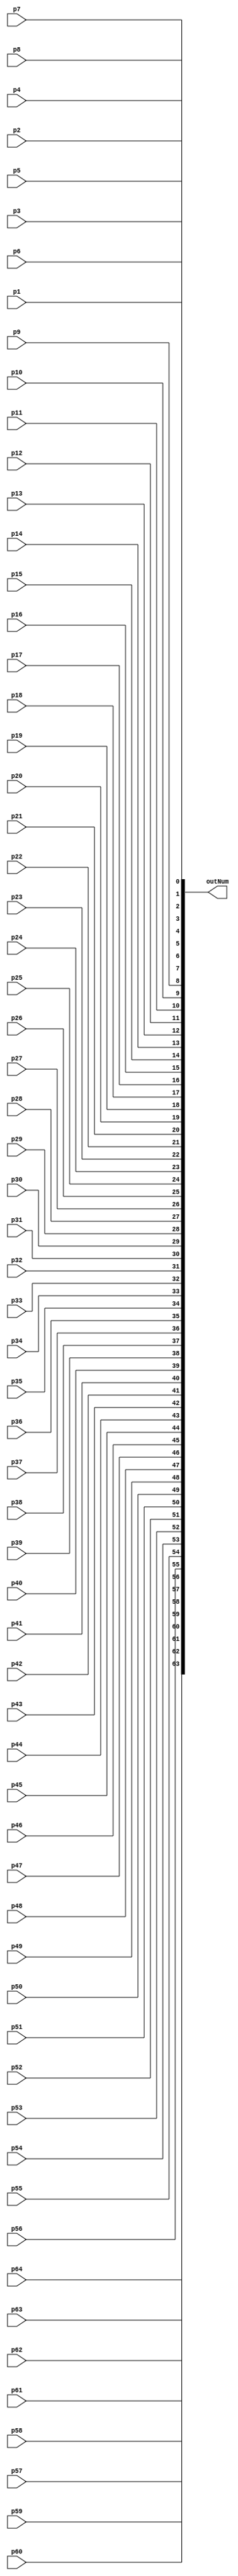
`timescale 1ns / 1ps

module FinalSum(p1,p2,p3,p4,p5,p6,p7,p8,p9,p10,p11,p12,p13,p14,p15,p16,p17,p18,p19,p20,p21,p22,p23,p24,p25,p26,p27,p28,p29,p30,p31,p32,p33,p34,p35,p36,p37,p38,p39,p40,p41,p42,p43,p44,p45,p46,p47,p48,p49,p50,p51,p52,p53,p54,p55,p56,p57,p58,p59,p60,p61,p62,p63,p64,outNum);
input p1,p2,p3,p4,p5,p6,p7,p8,p9,p10,p11,p12,p13,p14,p15,p16,p17,p18,p19,p20,p21,p22,p23,p24,p25,p26,p27,p28,p29,p30,p31,p32,p33,p34,p35,p36,p37,p38,p39,p40,p41,p42,p43,p44,p45,p46,p47,p48,p49,p50,p51,p52,p53,p54,p55,p56,p57,p58,p59,p60,p61,p62,p63,p64;
output reg [63:0]outNum;

always@(*)begin
outNum[0] <= p1;
outNum[1] <= p2;
outNum[2] <= p3;
outNum[3] <= p4;
outNum[4] <= p5;
outNum[5] <= p6;
outNum[6] <= p7;
outNum[7] <= p8;
outNum[8] <= p9;
outNum[9] <= p10;
outNum[10] <= p11;
outNum[11] <= p12;
outNum[12] <= p13;
outNum[13] <= p14;
outNum[14] <= p15;
outNum[15] <= p16;
outNum[16] <= p17;
outNum[17] <= p18;
outNum[18] <= p19;
outNum[19] <= p20;
outNum[20] <= p21;
outNum[21] <= p22;
outNum[22] <= p23;
outNum[23] <= p24;
outNum[24] <= p25;
outNum[25] <= p26;
outNum[26] <= p27;
outNum[27] <= p28;
outNum[28] <= p29;
outNum[29] <= p30;
outNum[30] <= p31;
outNum[31] <= p32;
outNum[32] <= p33;
outNum[33] <= p34;
outNum[34] <= p35;
outNum[35] <= p36;
outNum[36] <= p37;
outNum[37] <= p38;
outNum[38] <= p39;
outNum[39] <= p40;
outNum[40] <= p41;
outNum[41] <= p42;
outNum[42] <= p43;
outNum[43] <= p44;
outNum[44] <= p45;
outNum[45] <= p46;
outNum[46] <= p47;
outNum[47] <= p48;
outNum[48] <= p49;
outNum[49] <= p50;
outNum[50] <= p51;
outNum[51] <= p52;
outNum[52] <= p53;
outNum[53] <= p54;
outNum[54] <= p55;
outNum[55] <= p56;
outNum[56] <= p57;
outNum[57] <= p58;
outNum[58] <= p59;
outNum[59] <= p60;
outNum[60] <= p61;
outNum[61] <= p62;
outNum[62] <= p63;
outNum[63] <= p64;

end

endmodule